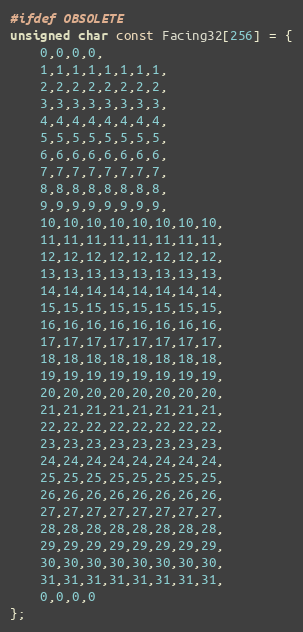
Language: C++
#ifdef OBSOLETE
unsigned char const Facing32[256] = {
	0,0,0,0,
	1,1,1,1,1,1,1,1,
	2,2,2,2,2,2,2,2,
	3,3,3,3,3,3,3,3,
	4,4,4,4,4,4,4,4,
	5,5,5,5,5,5,5,5,
	6,6,6,6,6,6,6,6,
	7,7,7,7,7,7,7,7,
	8,8,8,8,8,8,8,8,
	9,9,9,9,9,9,9,9,
	10,10,10,10,10,10,10,10,
	11,11,11,11,11,11,11,11,
	12,12,12,12,12,12,12,12,
	13,13,13,13,13,13,13,13,
	14,14,14,14,14,14,14,14,
	15,15,15,15,15,15,15,15,
	16,16,16,16,16,16,16,16,
	17,17,17,17,17,17,17,17,
	18,18,18,18,18,18,18,18,
	19,19,19,19,19,19,19,19,
	20,20,20,20,20,20,20,20,
	21,21,21,21,21,21,21,21,
	22,22,22,22,22,22,22,22,
	23,23,23,23,23,23,23,23,
	24,24,24,24,24,24,24,24,
	25,25,25,25,25,25,25,25,
	26,26,26,26,26,26,26,26,
	27,27,27,27,27,27,27,27,
	28,28,28,28,28,28,28,28,
	29,29,29,29,29,29,29,29,
	30,30,30,30,30,30,30,30,
	31,31,31,31,31,31,31,31,
	0,0,0,0
};